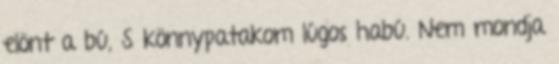
elönt a bú, S könnypatakom lúgos habú. Nem mondja